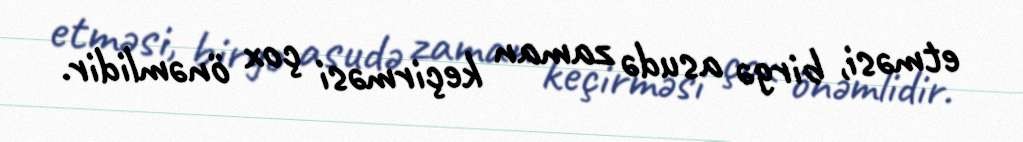
etməsi, birgə asudə zaman keçirməsi çox önəmlidir.